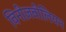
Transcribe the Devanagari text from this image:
विनीज़वीलियन